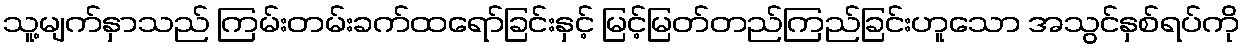
သူ့မျက်နှာသည် ကြမ်းတမ်းခက်ထရော်ခြင်းနှင့် မြင့်မြတ်တည်ကြည်ခြင်းဟူသော အသွင်နှစ်ရပ်ကို